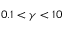
0 . 1 < \gamma < 1 0